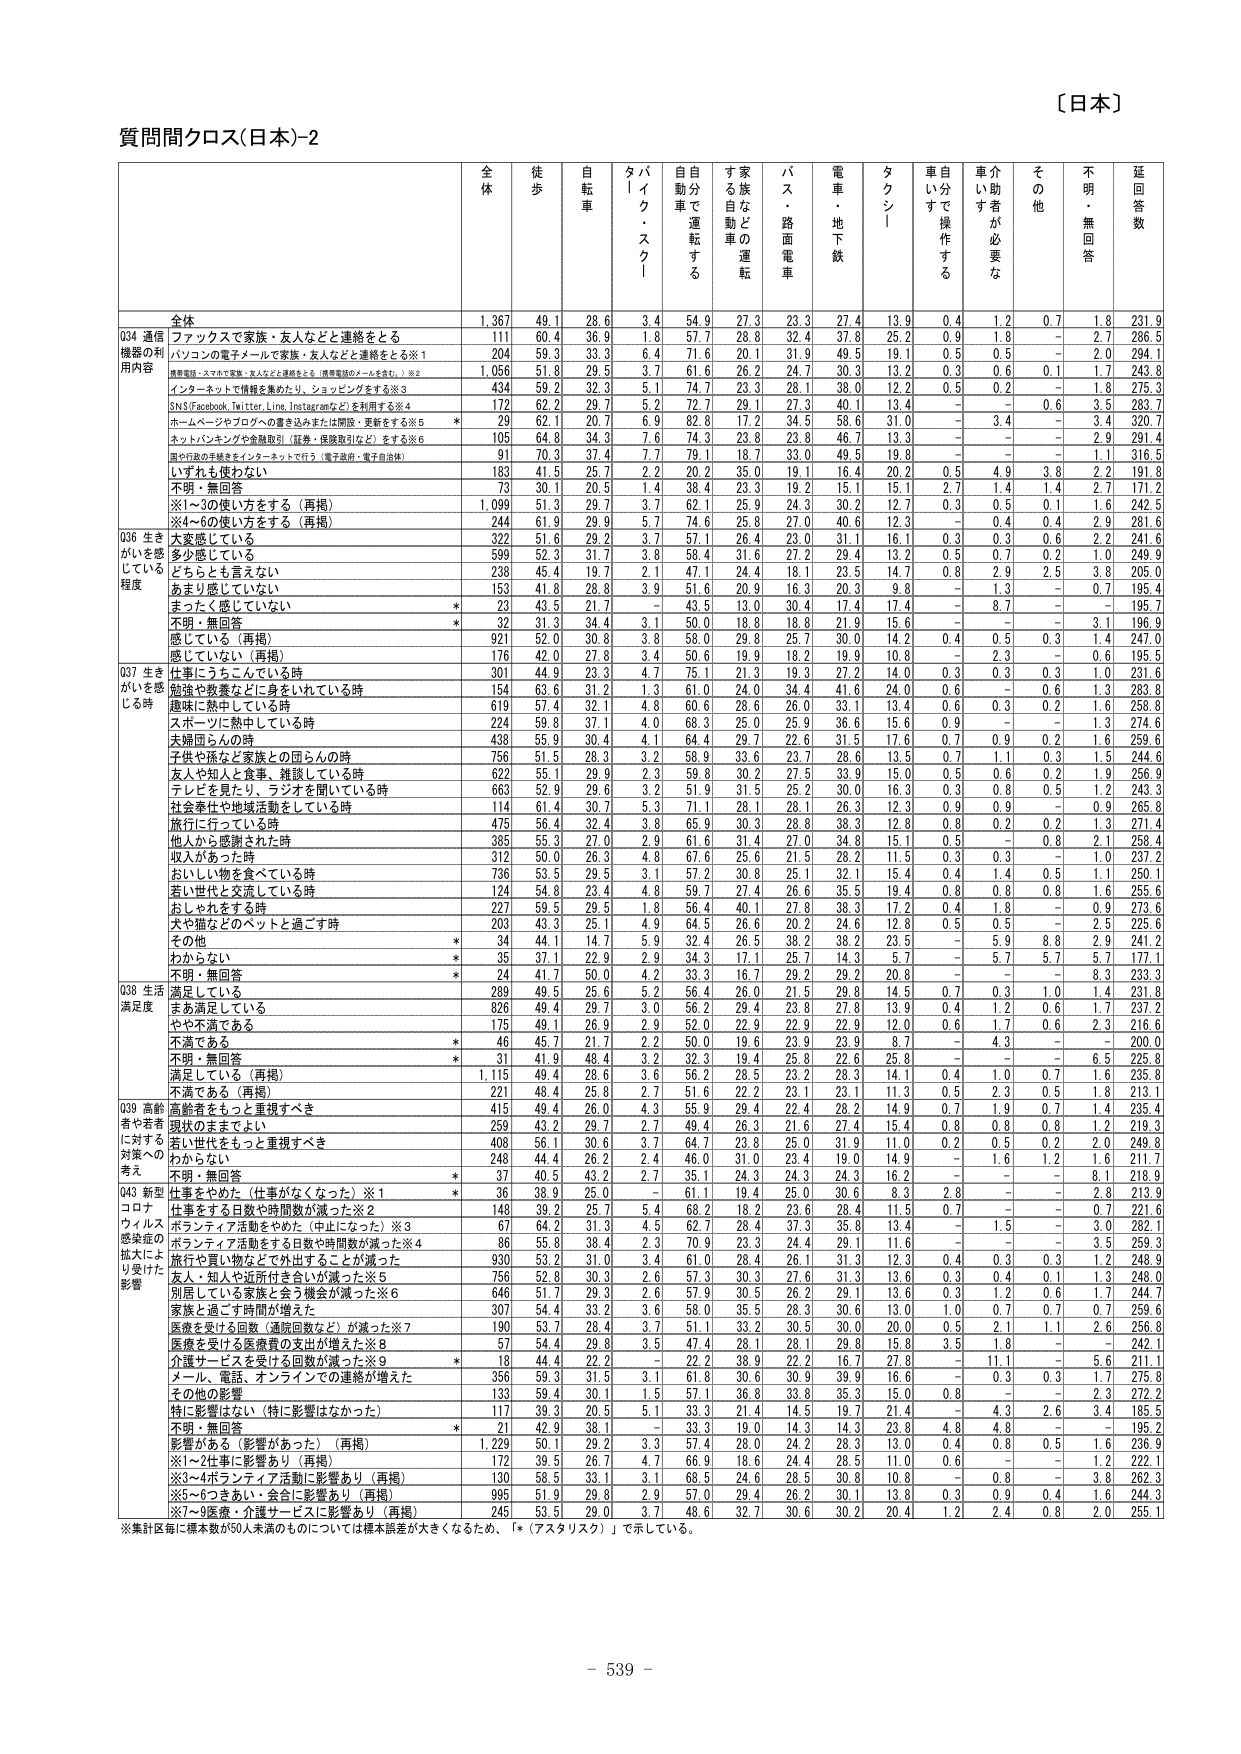
〔日本〕

質問間クロス(日本)-2

全体 徒歩 自転車 タバイク・スクー 自動車で運転する 家族などの運転する 自動車 バス・路面電車 電車・地下鉄 タクシー 車自分で操作する 介助者が必要な その他 不明・無回答 延回答数

全体 1,367 49.1 28.6 3.4 54.9 27.3 23.3 27.4 13.9 0.4 1.2 0.7 1.8 231.9

Q34 通信機器の利用内容 ファックスで家族・友人などと連絡をとる 111 60.4 36.9 1.8 57.7 28.8 32.4 37.8 25.2 0.9 1.8 - 2.7 286.5
パソコンの電子メールで家族・友人などと連絡をとる※1 204 59.3 33.3 6.4 71.6 20.1 31.9 49.5 19.1 0.5 0.5 - 2.0 294.1
携帯電話・スマホで家族・友人などと連絡をとる（携帯電話のメールを含む。）※2 1,056 51.8 29.5 3.7 61.6 26.2 24.7 30.3 13.2 0.3 0.6 0.1 1.7 243.8
インターネットで情報を集めたり、ショッピングをする※3 434 59.2 32.3 5.1 74.7 23.3 28.1 38.0 12.2 0.5 0.2 - 1.8 275.3
SNS(Facebook, Twitter, Line, Instagramなど)を利用する※4 172 62.2 29.7 5.2 72.7 29.1 27.3 40.1 13.4 - - 0.6 3.5 283.7
ホームページやブログへの書き込みまたは閲覧・更新をする※5 * 29 62.1 20.7 6.9 82.8 17.2 34.5 58.6 31.0 - 3.4 - 3.4 320.7
ネットバンキングや金融取引（証券・保険取引など）をする※6 105 64.8 34.3 7.6 74.3 23.8 23.8 46.7 13.3 - - - 2.9 291.4
国や行政の手続きをインターネットで行う（電子政府・電子自治体） 91 70.3 37.4 7.7 79.1 18.7 33.0 49.5 19.8 - - - 1.1 316.5
いずれも使わない 183 41.5 25.7 2.2 20.2 35.0 19.1 16.4 20.2 0.5 4.9 3.8 2.2 191.8
不明・無回答 73 30.1 20.5 1.4 38.4 23.3 19.2 15.1 15.1 2.7 1.4 1.4 2.7 171.2
※1～3の使い方をする（再掲） 1,099 51.3 29.7 3.7 62.1 25.9 24.3 30.2 12.7 0.3 0.5 0.1 1.6 242.5
※4～6の使い方をする（再掲） 244 61.9 29.9 5.7 74.6 25.8 27.0 40.6 12.3 - 0.4 0.4 2.9 281.6

Q36 生きがいを感じている程度 大変感じている 322 51.6 29.2 3.7 57.1 26.4 23.0 31.1 16.1 0.3 0.3 0.6 2.2 241.6
多少感じている 599 52.3 31.7 3.8 58.4 31.6 27.2 29.4 13.2 0.5 0.7 0.2 1.0 249.9
どちらとも言えない 238 45.4 19.7 2.1 47.1 24.4 18.1 23.5 14.7 0.8 2.9 2.5 3.8 205.0
あまり感じていない 153 41.8 28.8 3.9 51.6 20.9 16.3 20.3 9.8 - 1.3 - 0.7 195.4
まったく感じていない * 23 43.5 21.7 - 43.5 13.0 30.4 17.4 17.4 - 8.7 - - 195.7
不明・無回答 * 32 31.3 34.4 3.1 50.0 18.8 18.8 21.9 15.6 - - - 3.1 196.9
感じている（再掲） 921 52.0 30.8 3.8 58.0 29.8 25.7 30.0 14.2 0.4 0.5 0.3 1.4 247.0
感じていない（再掲） 176 42.0 27.8 3.4 50.6 19.9 18.2 19.9 10.8 - 2.3 - 0.6 195.5

Q37 生きがいを感じる時 仕事にうつっている時 301 44.9 23.3 4.7 75.1 21.3 19.3 27.2 14.0 0.3 0.3 0.3 1.0 231.6
勉強や教養などに身をいれている時 154 63.6 31.2 1.3 61.0 24.0 34.4 41.6 24.0 0.6 - 0.6 1.3 283.8
趣味に熱中している時 619 57.4 32.1 4.8 60.6 28.6 26.0 33.1 13.4 0.6 0.3 0.2 1.6 258.8
スポーツに熱中している時 224 59.8 37.1 4.0 68.3 25.0 25.9 36.6 15.6 0.9 - - 1.3 274.6
夫婦同士の時 438 55.9 30.4 4.1 64.4 29.7 22.6 31.5 17.6 0.7 0.9 0.2 1.6 259.6
子供や孫など家族との団らんの時 756 51.5 28.3 3.2 58.9 33.6 23.7 28.6 13.5 0.7 1.1 0.3 1.5 244.6
友人や知人と食事、雑談している時 622 55.1 29.9 2.3 59.8 30.2 27.5 33.9 15.0 0.5 0.6 0.2 1.9 256.9
テレビを見たり、ラジオを聞いている時 663 52.9 29.6 3.2 51.9 31.5 25.2 30.0 16.3 0.3 0.8 0.5 1.2 243.3
社会奉仕や地域活動をしている時 114 61.4 30.7 5.3 71.1 28.1 28.1 26.3 12.3 0.9 0.9 - 0.9 265.8
旅行に行っている時 475 56.4 32.4 3.8 65.9 30.3 28.8 38.3 12.8 0.8 0.2 0.2 1.3 271.4
他人から感謝された時 385 55.3 27.0 2.9 61.6 31.4 27.0 34.8 15.1 0.5 - 0.8 2.1 258.4
収入があった時 312 50.0 26.3 4.8 67.6 25.6 21.5 28.2 11.5 0.3 0.3 - 1.0 237.2
おいしい物を食べている時 736 53.5 29.5 3.1 57.2 30.8 25.1 32.1 15.4 0.4 1.4 0.5 1.1 250.1
若い世代と交流している時 124 54.8 23.4 4.8 59.7 27.4 26.6 35.5 19.4 0.8 0.8 0.8 1.6 255.6
おしゃれをする時 227 59.5 29.5 1.8 56.4 40.1 27.8 38.3 17.2 0.4 1.8 - 0.9 273.6
犬や猫などのペットと過ごす時 203 43.3 25.1 4.9 64.5 26.6 20.2 24.6 12.8 0.5 0.5 - 2.5 225.6
その他 * 34 44.1 14.7 5.9 32.4 26.5 38.2 38.2 23.5 - 5.9 8.8 2.9 241.2
わからない * 35 37.1 22.9 2.9 34.3 17.1 25.7 14.3 5.7 - 5.7 5.7 5.7 177.1
不明・無回答 * 24 41.7 50.0 4.2 33.3 16.7 29.2 29.2 20.8 - - - 8.3 233.3

Q38 生活満足度 満足している 289 49.5 25.6 5.2 56.4 26.0 21.5 29.8 14.5 0.7 0.3 1.0 1.4 231.8
まあ満足している 826 49.4 29.7 3.0 56.2 29.4 23.8 27.8 13.9 0.4 1.2 0.6 1.7 237.2
やや不満である 175 49.1 26.9 2.9 52.0 22.9 22.9 22.9 12.0 0.6 1.7 0.6 2.3 216.6
不満である * 46 45.7 21.7 2.2 50.0 19.6 23.9 23.9 8.7 - 4.3 - - 200.0
不明・無回答 * 31 41.9 48.4 3.2 32.3 19.4 25.8 22.6 25.8 - - - 6.5 225.8
満足している（再掲） 1,115 49.4 28.6 3.6 56.2 28.5 23.2 28.3 14.1 0.4 1.0 0.7 1.6 235.8
不満である（再掲） 221 48.4 25.8 2.7 51.6 22.2 23.1 23.1 11.3 0.5 2.3 0.5 1.8 213.1

Q39 高齢者や若者に対する対策への考え 高齢者をもっと重視すべき 415 49.4 26.0 4.3 55.9 29.4 22.4 28.2 14.9 0.7 1.9 0.7 1.4 235.4
現状のままでよい 259 43.2 29.7 2.7 49.4 26.3 21.6 27.4 15.4 0.8 0.8 0.8 1.2 219.3
若い世代をもっと重視すべき 408 56.1 30.6 3.7 64.7 23.8 25.0 31.9 11.0 0.2 0.5 0.2 2.0 249.8
わからない 248 44.4 26.2 2.4 46.0 31.0 23.4 19.0 14.9 - 1.6 1.2 1.6 211.7
不明・無回答 * 37 40.5 43.2 2.7 35.1 24.3 24.3 24.3 16.2 - - - 8.1 218.9

Q43 新型コロナウィルス感染症の拡大により受けた影響 仕事をやめた（仕事がなくなった）※1 * 36 38.9 25.0 - 61.1 19.4 25.0 30.6 8.3 2.8 - - 2.8 213.9
仕事をする日数や時間数が減った※2 148 39.2 25.7 5.4 68.2 18.2 23.6 28.4 11.5 0.7 - - 0.7 221.6
ボランティア活動をやめた（中止になった）※3 67 64.2 31.3 4.5 62.7 28.4 37.3 35.8 13.4 - 1.5 - 3.0 282.1
ボランティア活動をする日数や時間数が減った※4 86 55.8 38.4 2.3 70.9 23.3 24.4 29.1 11.6 - - - 3.5 259.3
旅行や買い物など外出することが減った 930 53.2 31.0 3.4 61.0 28.4 26.1 31.3 12.3 0.4 0.3 0.3 1.2 248.9
友人・知人や近所付き合いが減った※5 756 52.8 30.3 2.6 57.3 30.3 27.6 31.3 13.6 0.3 0.4 0.1 1.3 246.0
別居している家族と会う機会が減った※6 646 51.7 29.3 2.6 57.9 30.5 26.2 29.1 13.6 0.3 1.2 0.6 1.7 244.7
家族と過ごす時間が増えた 307 54.4 33.2 3.6 58.0 35.5 28.3 30.6 13.0 1.0 0.7 0.7 0.7 259.6
医療を受ける回数（通院回数など）が減った※7 190 53.7 28.4 3.7 51.1 33.2 30.5 30.0 20.0 0.5 2.1 1.1 2.6 256.8
医療を受ける医療費の支出が増えた※8 57 54.4 29.8 3.5 47.4 28.1 28.1 29.8 15.8 3.5 1.8 - - 242.1
介護サービスを受けた回数が増えた※9 * 18 44.4 22.2 - 22.2 38.9 22.2 16.7 27.8 - 11.1 - 5.6 211.1
メール、電話、オンラインでの連絡が増えた 356 59.3 31.5 3.1 61.8 30.6 30.9 39.9 16.6 - 0.3 0.3 1.7 275.8
その他の影響 133 59.4 30.1 1.5 57.1 36.8 33.8 35.3 15.0 0.8 - - 2.3 272.2
特に影響はない（特に影響はなかった） 117 39.3 20.5 5.1 33.3 21.4 14.5 19.7 21.4 - 4.3 2.6 3.4 185.5
不明・無回答 * 21 42.9 38.1 - 33.3 19.0 14.3 14.3 23.8 4.8 4.8 - - 195.2
影響がある（影響があった）（再掲） 1,229 50.1 29.2 3.3 57.4 28.0 24.2 28.3 13.0 0.4 0.8 0.5 1.6 236.9
※1～2件事に影響あり（再掲） 172 39.5 26.7 4.7 66.9 18.6 24.4 28.5 11.0 0.6 - - 1.2 222.1
※3～4ボランティア活動に影響あり（再掲） 130 58.5 33.1 3.1 68.5 24.6 28.5 30.8 10.8 - 0.8 - 3.8 262.3
※5～6つきあい・会合に影響あり（再掲） 995 51.9 29.8 2.9 57.0 29.4 26.2 30.1 13.8 0.3 0.9 0.4 1.6 244.3
※7～9医療・介護サービスに影響あり（再掲） 245 53.5 29.0 3.7 48.6 32.7 30.6 30.2 20.4 1.2 2.4 0.8 2.0 255.1

※集計区毎に標本数が50人未満のものについては標本誤差が大きくなるため、「*（アスタリスク）」で示している。

- 539 -